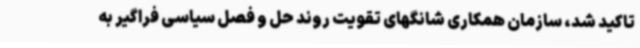
تاکید شد، سازمان همکاری شانگهای تقویت روند حل و فصل سیاسی فراگیر به